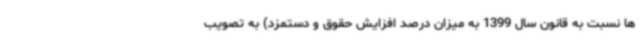
ها نسبت به قانون سال 1399 به میزان درصد افزایش حقوق و دستمزد) به تصویب